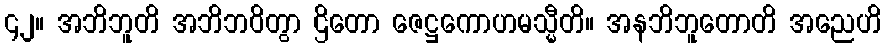
၄၂။ အဘိဘူတိ အဘိဘဝိတွာ ဌိတော ဇေဋ္ဌကောဟမသ္မီတိ။ အနဘိဘူတောတိ အညေဟိ